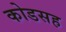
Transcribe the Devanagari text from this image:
कोडसह